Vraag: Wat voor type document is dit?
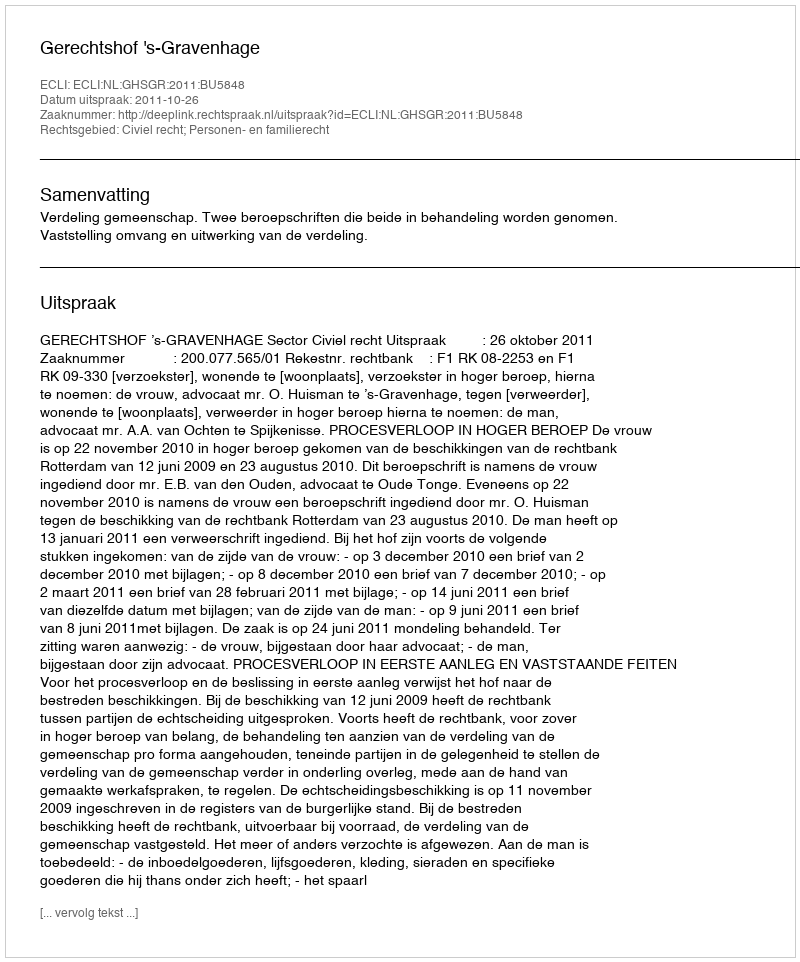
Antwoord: Uitspraak